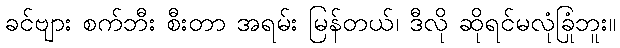
ခင်ဗျား စက်ဘီး စီးတာ အရမ်း မြန်တယ်၊ ဒီလို ဆိုရင်မလုံခြုံဘူး။